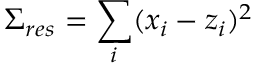
\Sigma _ { r e s } = \sum _ { i } ( x _ { i } - z _ { i } ) ^ { 2 }